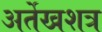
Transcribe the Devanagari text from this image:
अर्तेखशत्र